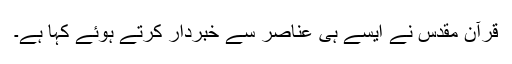
قرآن مقدس نے ایسے ہی عناصر سے خبردار کرتے ہوئے کہا ہے۔